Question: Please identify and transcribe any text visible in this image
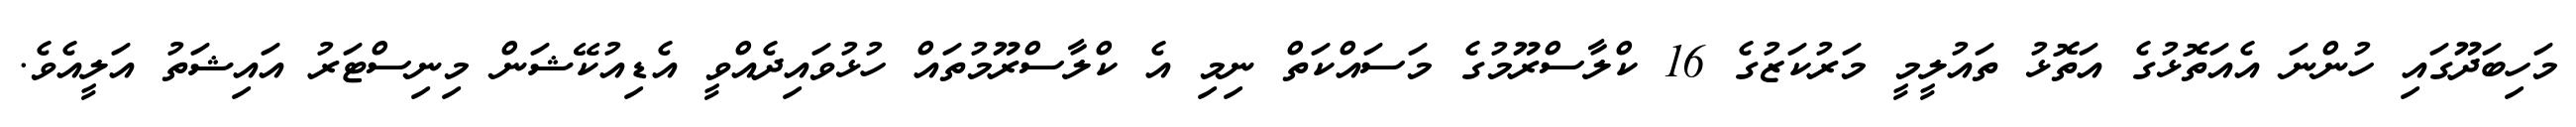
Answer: މަހިބަދޫގައި ހުންނަ އެއަތޮޅުގެ އަތޮޅު ތައުލީމީ މަރުކަޒުގެ 16 ކްލާސްރޫމުގެ މަސައްކަތް ނިމި އެ ކްލާސްރޫމުތައް ހުޅުވައިދެއްވީ އެޑިއުކޭޝަން މިނިސްޓަރު އައިޝަތު އަލީއެވެ.